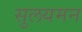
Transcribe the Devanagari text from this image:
सुलयमन